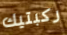
ركبتيك